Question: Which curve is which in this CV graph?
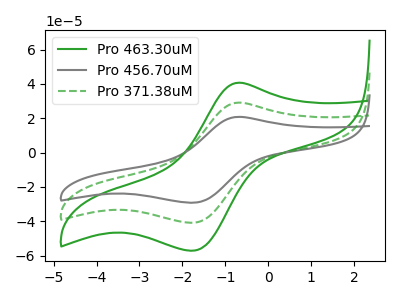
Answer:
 <answer>The green curve is labeled "Pro 463.30uM". The gray curve is labeled "Pro 456.70uM". The green dashed curve is labeled "Pro 371.38uM".</answer>
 <eval></eval>